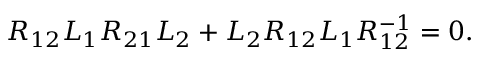
R _ { 1 2 } L _ { 1 } R _ { 2 1 } L _ { 2 } + L _ { 2 } R _ { 1 2 } L _ { 1 } R _ { 1 2 } ^ { - 1 } = 0 .